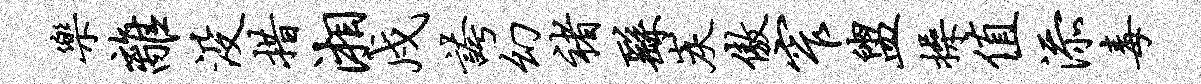
乐离没措湘戍夸幻褚繇炭傲窄盥操值添毒